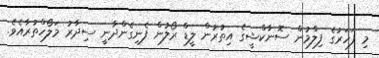
މި ފަހަރުގެ ފިލްމުން ސޮނާކްޝީގެ އިތުރުން ލީޑް ރޯލުން ފެނިގެންދާނީ ސިދާރު މަލޯހްތުރާއެވެ.